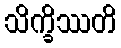
သိက္ခိဿတိ